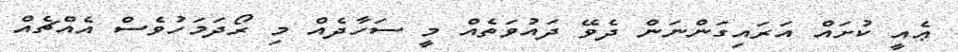
ޢެއީ ކުށައް އަރައިގަންނަން ދެވޭ ދައުވަތެއް މީ ސަހާދެއް މި ރޯދަމަހުވެސް އެއްޗެއް